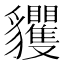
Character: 貜